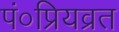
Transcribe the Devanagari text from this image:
पं०प्रियव्रत